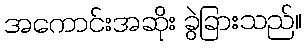
အကောင်းအဆိုး ခွဲခြားသည်။